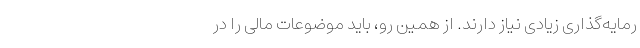
رمایه‌گذاری زیادی نیاز دارند. از همین رو، باید موضوعات مالی را در